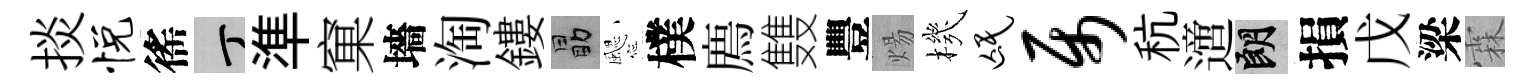
掞悦徭丁準窠墻淘鏤勗颸樸廌䨇豐煬機氓属秔𨗁朗損戊梁霖